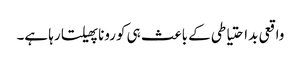
واقعی بداحتیاطی کے باعث ہی کورونا پھیلتا رہا ہے۔